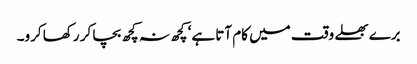
برے بھلے وقت میں کام آتا ہے‘ کچھ نہ کچھ بچا کر رکھا کرو۔